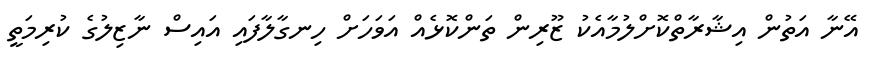
އޭނާ އަތުން އިޝާރާތްކޮށްލުމާއެކު ޒޫރިން ތަންކޮޅެއް އަވަހަށް ހިނގާލާފައި އައިސް ނާޒިލުގެ ކުރިމަތީ